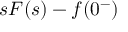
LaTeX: s F ( s ) - f ( 0 ^ { - } )